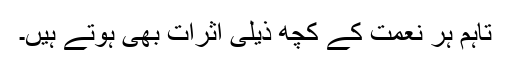
تاہم ہر نعمت کے کچھ ذیلی اثرات بھی ہوتے ہیں۔